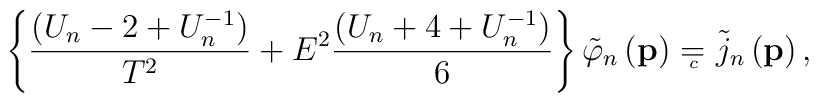
\left\{ \frac{\left( U_n-2+U_n^{-1}\right) }{T^2}+E^2\frac{\left(U_n+4+U_n^{-1}\right) }6\right\} \tilde{\varphi}_n\left( \mathbf{p}\right) ={}_{{}_{\!\!\!\!\!\!\!c}} \;\, \tilde{j}_n\left( \mathbf{p}\right) ,